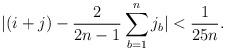
LaTeX: \begin{align*}|(i+j)-\frac{2}{2n-1}\sum_{b=1}^nj_b|<\frac{1}{25n}.\end{align*}